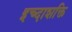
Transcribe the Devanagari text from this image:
इच्दाशक्ति